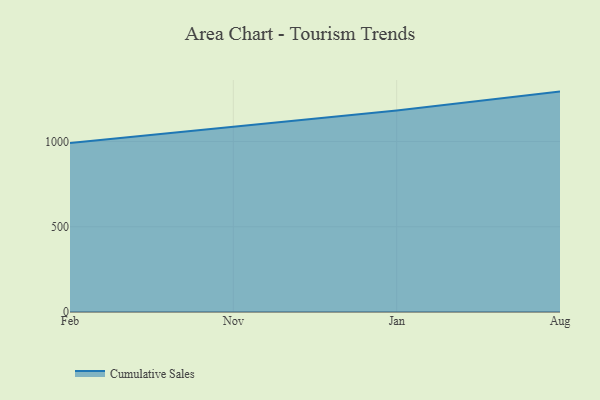
{"axis": {"x": "Month", "y": "Energy Usage (MWh)"}, "legend": ["Cumulative Sales"], "data": [{"x": "Feb", "y": 991.2, "type": "Cumulative Sales"}, {"x": "Nov", "y": 1087.4, "type": "Cumulative Sales"}, {"x": "Jan", "y": 1181.5, "type": "Cumulative Sales"}, {"x": "Aug", "y": 1292.9, "type": "Cumulative Sales"}]}